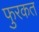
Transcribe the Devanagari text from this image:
फुरकत